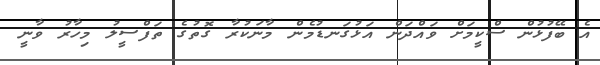
އެ ބޭފުޅުން ސްކީމަށް ވައްދަން އަޅުގަނޑުމެން މާނަކުރާ ގޮތުގެ ތަފްސީލު މިހާރު ވާނީ